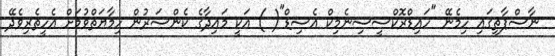
ނާސްޕާތީގައި ހިމެނޭ "ހައިޑްރޮކްސީސިނެމިކް އެސިޑް"( ) އަކީ މައިދާގެ ކެންސަރުން ހިމާޔަތްވުމަށް އެހީތެރިވެދޭ